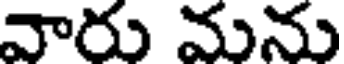
వారు మను